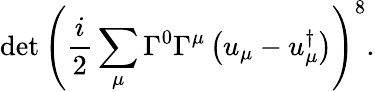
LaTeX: \operatorname*{det}\left(\frac{i}{2}\sum_{\mu}\Gamma^{0}\Gamma^{\mu}\left(u_{\mu}-u_{\mu}^{\dagger}\right)\right)^{8}.